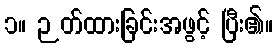
၁။ ဉတ်ထားခြင်းအဖွင့် ပြီး၏။